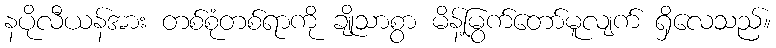
နပိုလီယန်အား တစ်စုံတစ်ရာကို ချိုသာစွာ မိန့်မြွက်တော်မူလျက် ရှိလေသည်။